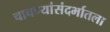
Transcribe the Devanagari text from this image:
चाचण्यांसंदर्भातला